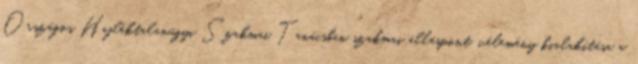
Országos Hajléktalanügyi Szakmai Tanácsban szakmai álláspont, vélemény kialakítása a